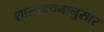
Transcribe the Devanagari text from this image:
शास्त्रवचनानुसार